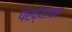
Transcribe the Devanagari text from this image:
पंख्यावर